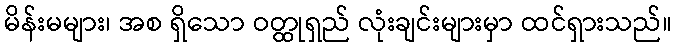
မိန်းမများ၊ အစ ရှိသော ဝတ္ထုရှည် လုံးချင်းများမှာ ထင်ရှားသည်။